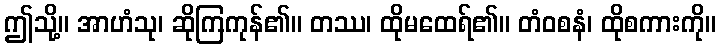
ဤသို့။ အာဟံသု၊ ဆိုကြကုန်၏။ တဿ၊ ထိုမထေရ်၏။ တံဝစနံ၊ ထိုစကားကို။